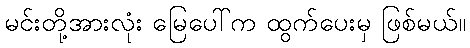
မင်းတို့အားလုံး မြေပေါ်က ထွက်ပေးမှ ဖြစ်မယ်။